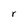
Character: r